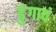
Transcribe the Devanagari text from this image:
ढुंगावं